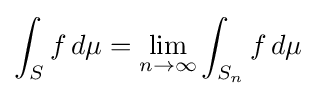
\int _{S}{f\,d\mu }=\lim _{n\to \infty }{\int _{S_{n}}{f\,d\mu }}